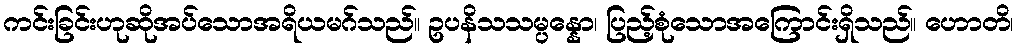
ကင်းခြင်းဟုဆိုအပ်သောအရိယမဂ်သည်။ ဥပနိသသမ္ပန္နော၊ ပြည့်စုံသောအကြောင်းရှိသည်။ ဟောတိ၊